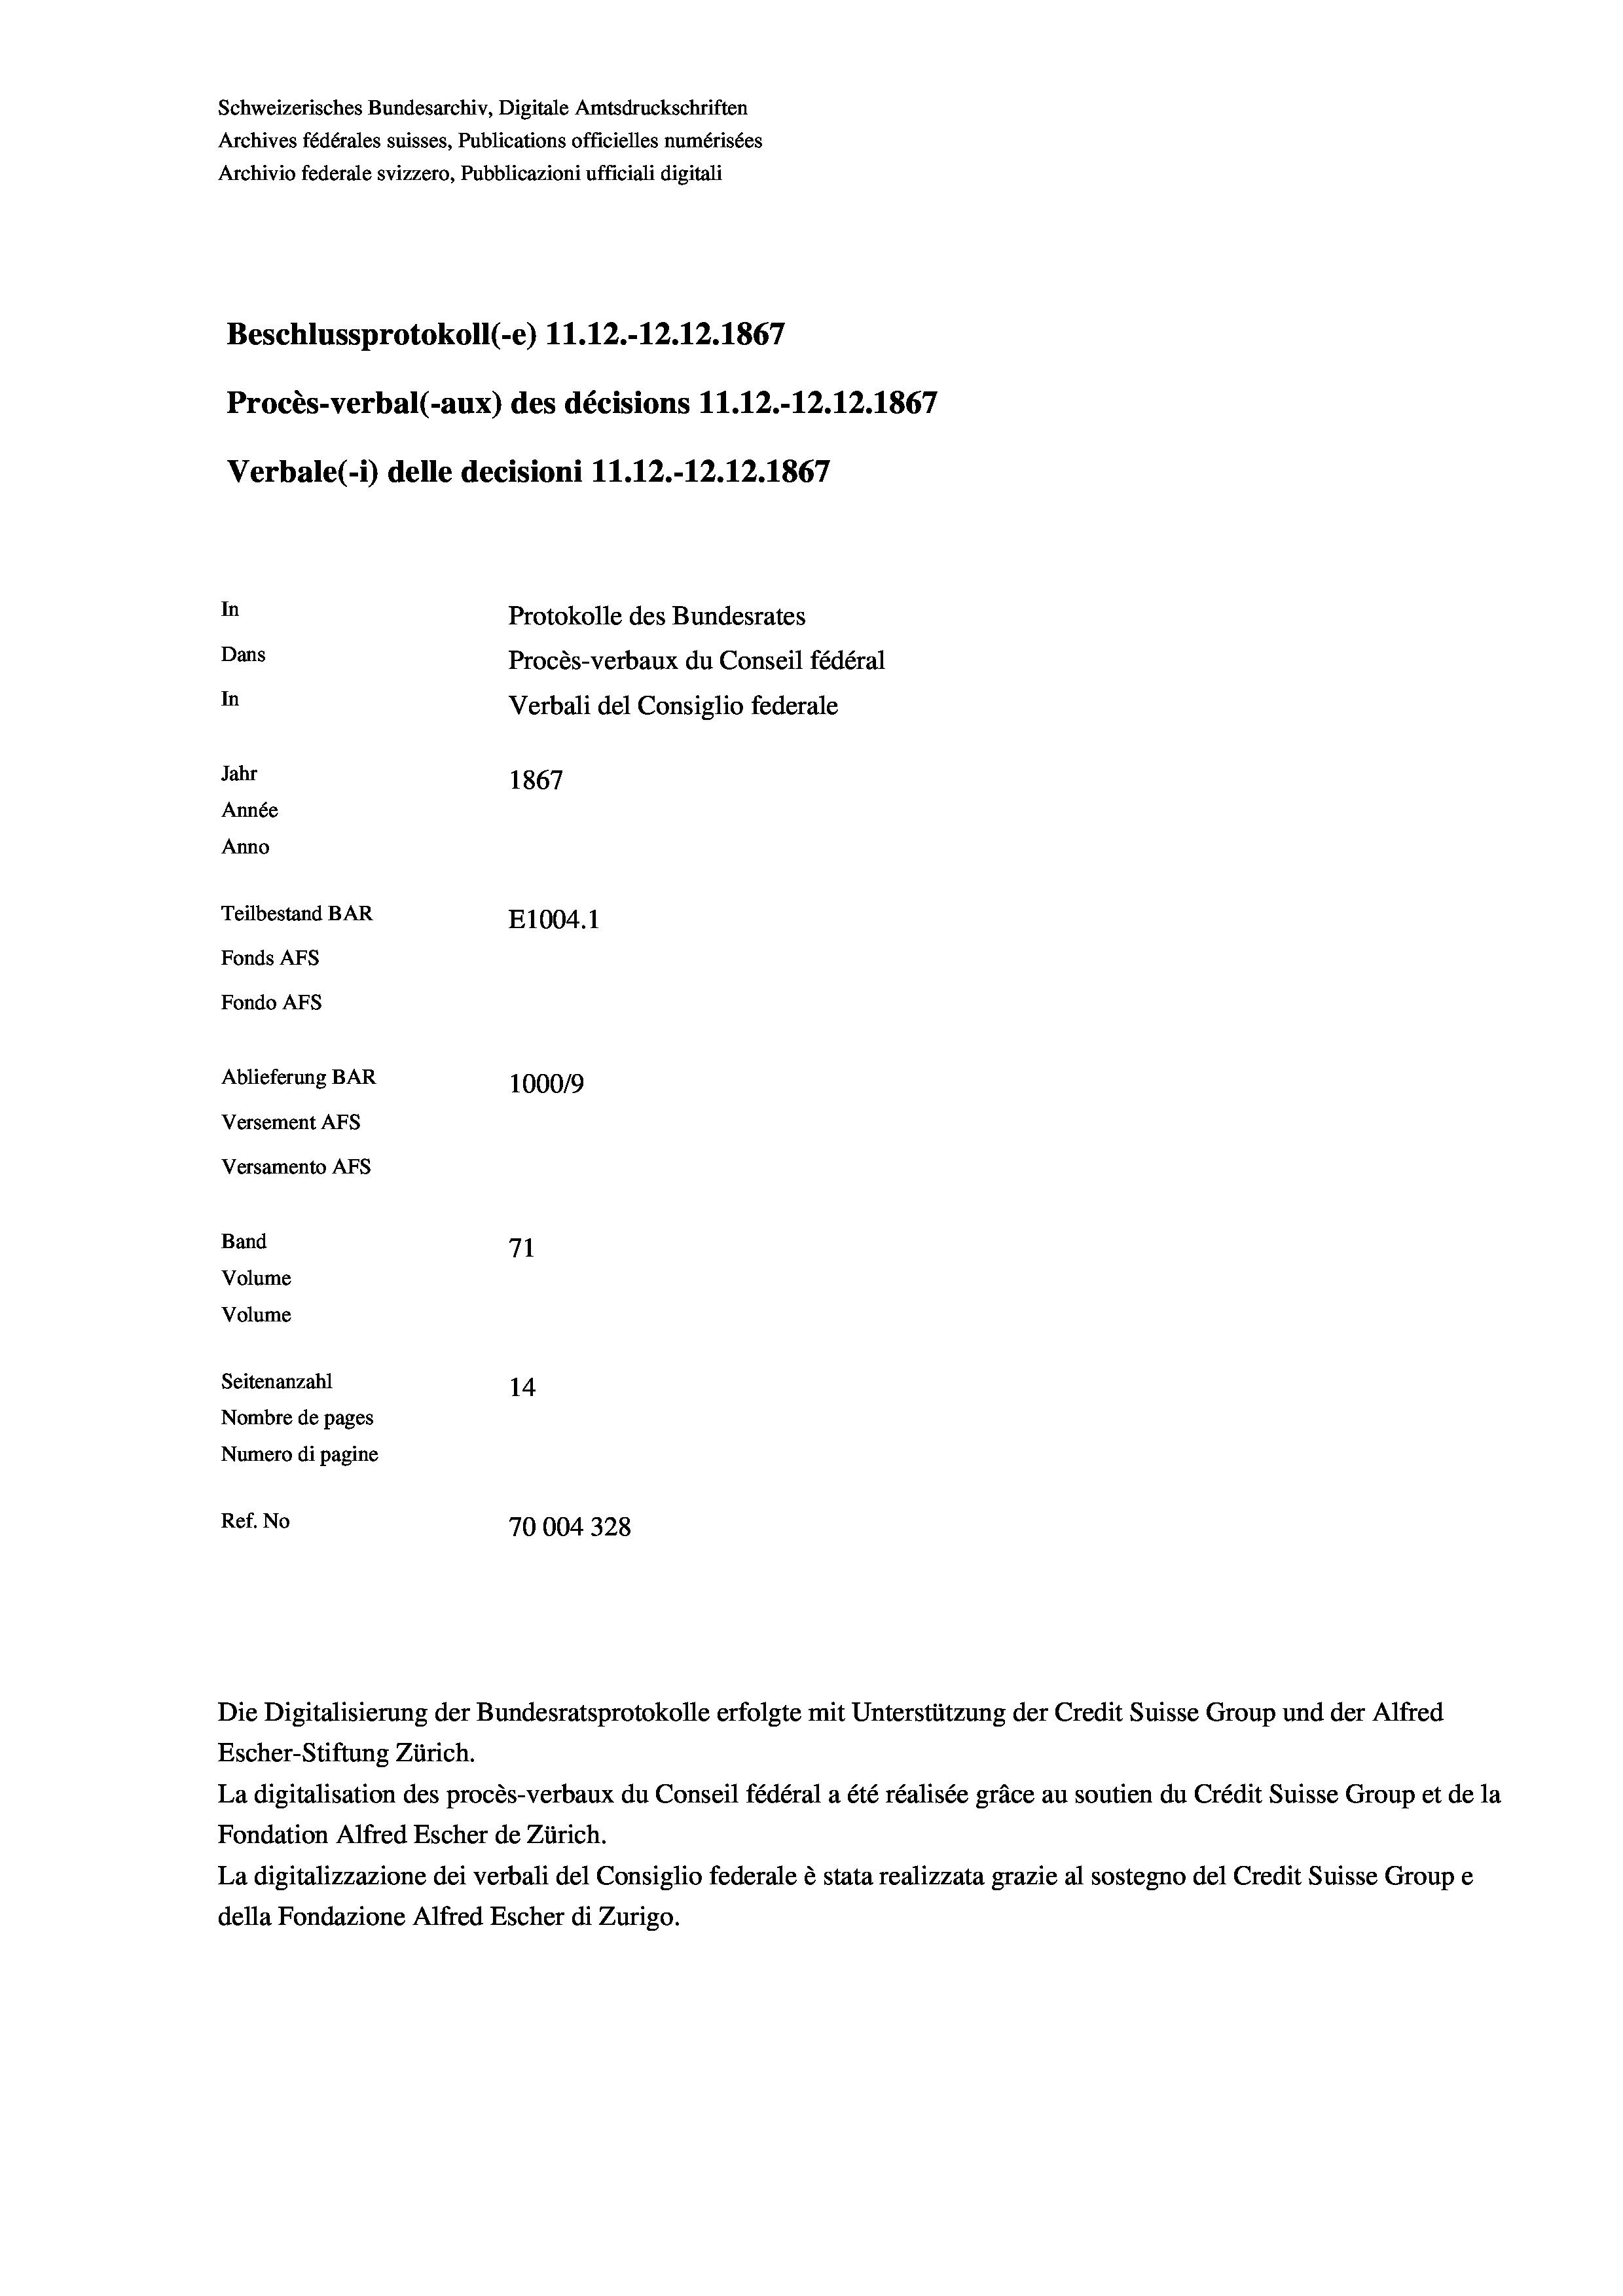
Schweizerisches Bundesarchiv, Digitale Amtsdruckschriften
Archives fédérales suisses, Publications officielles numérisées
Archivio federale svizzero, Pubblicazioni ufficiali digitali
Beschlussprotokoll (-e) 11.12.-12.12.1867
Procès-verbal (-aux) des décisions 11.12.-12.12.1867
Verbale(-*) delle decisioni 11.12.-12.12.1867
In
Protokolle des Bundesrates
Dans
Procès-verbaux du Conseil fédéral
In
Verbali del Consiglio federale
Jahr
1867
Année
Anno
Teilbestand BAR
E1004.1
Fonds AFs
Fondo AFs
Ablieferung BAR
100019
Versement AFs
Versamento AFs
Band
71
Volume
Volume
Seitenanzahl
14
Nombre de pages
Numero di pagine
Ref. No
70004328

Escher-Stiftung Zürich.
La digitalisation des procès-verbaux du Conseil fédéral a été réalisée gräce au soutien du Crédit Suisse Group et de la
Fondation Alfred Escher de Zürich.
La digitalizzazione dei verbali del Consiglio federale è stata realizzata grazie al sostegno del Credit Suisse Groupe
della Fondazione Alfred Escher di Zurigo.

Die Digitalisierung der Bundesratsprotokolle erfolgte mit Unterstützung der Credit Suisse Group und der Alfred